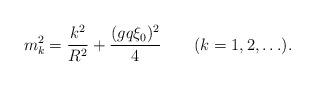
LaTeX: \begin{align*}m^2_k = {k^2 \over R^2} + {(gq\xi_0)^2 \over 4} \qquad (k=1,2,\ldots). \end{align*}